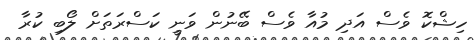
ހިޝްކޮ ވެސް އަދި މުއާ ވެސް ބޭނުން ވަނީ ކަސްރަތަށް ލޯބި ކުރާ